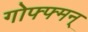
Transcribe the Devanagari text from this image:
गोफ्फ्मन्